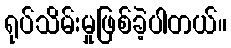
ရုပ်သိမ်းမှုဖြစ်ခဲ့ပါတယ်။